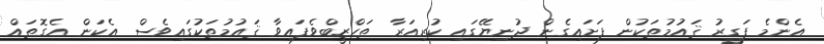
އެންމެ ފަގީރު ޤައުމުތަކުން ފަށައިގެން ދުނިޔޭގައި ކުރިއަރާ ތަހްޒީބްވެފައިވާ ޤައުމުތަކުގައިވެސް އެކަން އެގޮތައް